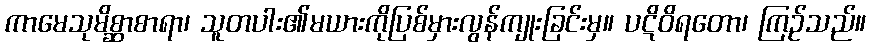
ကာမေသုမိစ္ဆာစာရာ၊ သူတပါး၏မယားကိုပြစ်မှားလွန်ကျုးခြင်းမှ။ ပဋိဝိရတော၊ ကြဉ်သည်။